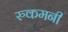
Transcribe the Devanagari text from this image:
रुकमनी